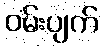
ဝမ်းပျက်